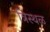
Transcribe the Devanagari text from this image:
त्रिस्थळ